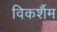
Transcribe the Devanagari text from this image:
विकर्शैम